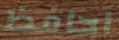
احافظ